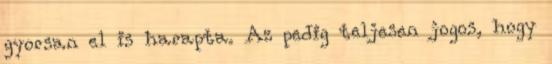
gyorsan el is harapta. Az pedig teljesen jogos, hogy